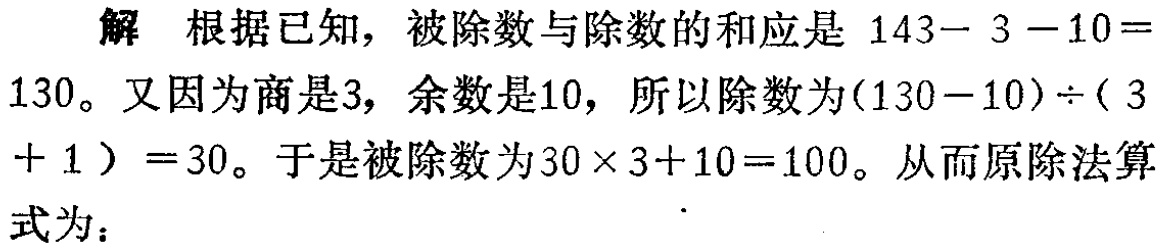
解 根据已知，被除数与除数的和应是 \(143 - 3 - 10 = 130\)。又因为商是\(3\)，余数是\(10\)，所以除数为\((130 - 10)\div(3 + 1)=30\)。于是被除数为\(30\times3 + 10 = 100\)。从而原除法算式为：